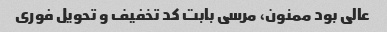
عالی بود ممنون، مرسی بابت کد تخفیف و تحویل فوری